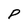
Character: P